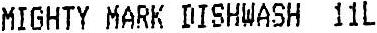
MIGHTY MARK DISHWASH 11L